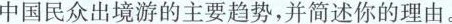
(3(1)2016~2018年，中国农村居民出境游人数的增长幅度明显高于城镇居民出境游人数的增长幅度，0”后和”80”后比较有条件走出国门石世界)中国民众出境游选择”生活体验慢慢慢”多是”90”后和”0材料三中，三幅图代表了中国民众出境游的三种主要类型。请结合材料二、三，预测在接下来的五年中，这三种类型中哪一种预测在中国民众出境游的主要趋势，并简述你的理(3分